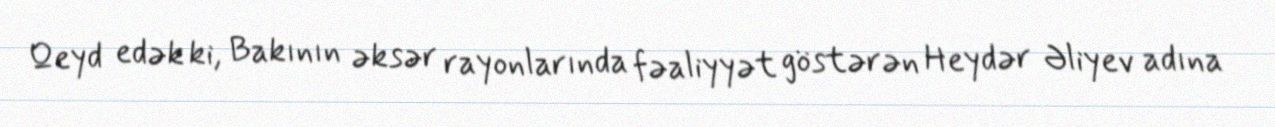
Qeyd edək ki, Bakının əksər rayonlarında fəaliyyət göstərən Heydər Əliyev adına